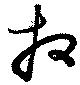
牧